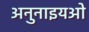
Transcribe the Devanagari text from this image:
अनुनाइयओ